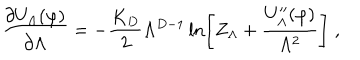
\frac { \partial U _ { \Lambda } ( \varphi ) } { \partial \Lambda } = - \frac { K _ { D } } { 2 } \Lambda ^ { D - 1 } \ln \left[ Z _ { \Lambda } + \frac { U _ { \Lambda } ^ { \prime \prime } ( \varphi ) } { \Lambda ^ { 2 } } \right] \; ,